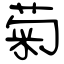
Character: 菊